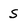
Character: S